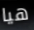
هيا